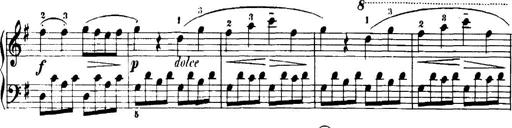
Title: 7 Sonatinas
Composer: Anton Diabelli